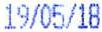
19/05/18